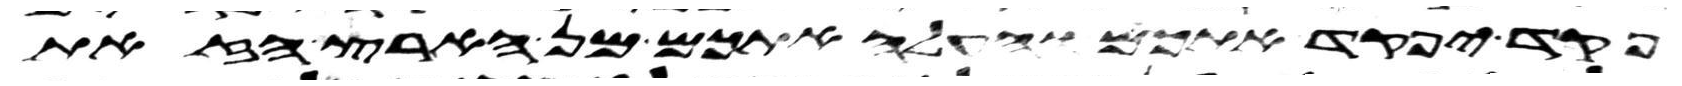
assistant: פקד יפקד אתכם והעלה אתכם מן הארץ הזאת